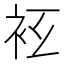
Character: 𧘛